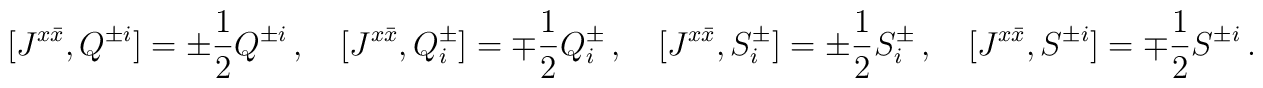
[J^{x\bar{x}},Q^{\pm i}]=\pm\frac{1}{2}Q^{\pm i}\,,\quad[J^{x\bar{x}},Q^\pm_i]=\mp\frac{1}{2}Q^\pm_i\,,\quad[J^{x\bar{x}},S^\pm_i]=\pm\frac{1}{2}S^\pm_i\,,\quad[J^{x\bar{x}},S^{\pm i}]=\mp\frac{1}{2}S^{\pm i}\,.